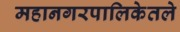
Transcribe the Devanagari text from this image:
महानगरपालिकेतले